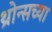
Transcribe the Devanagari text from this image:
थ्रोन्सच्या